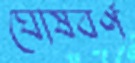
ঘোষবর্ণ